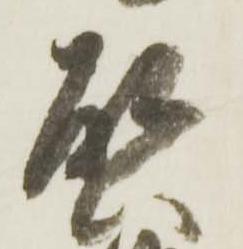
啓